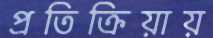
প্রতিক্রিয়ায়